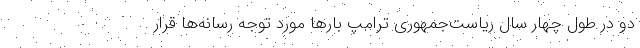
دو در طول چهار سال ریاست‌جمهوری ترامپ بارها مورد توجه رسانه‌ها قرار